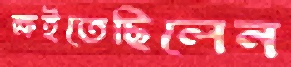
ক্ষইতেছিলেন